Aleksander_Warma, lk 5
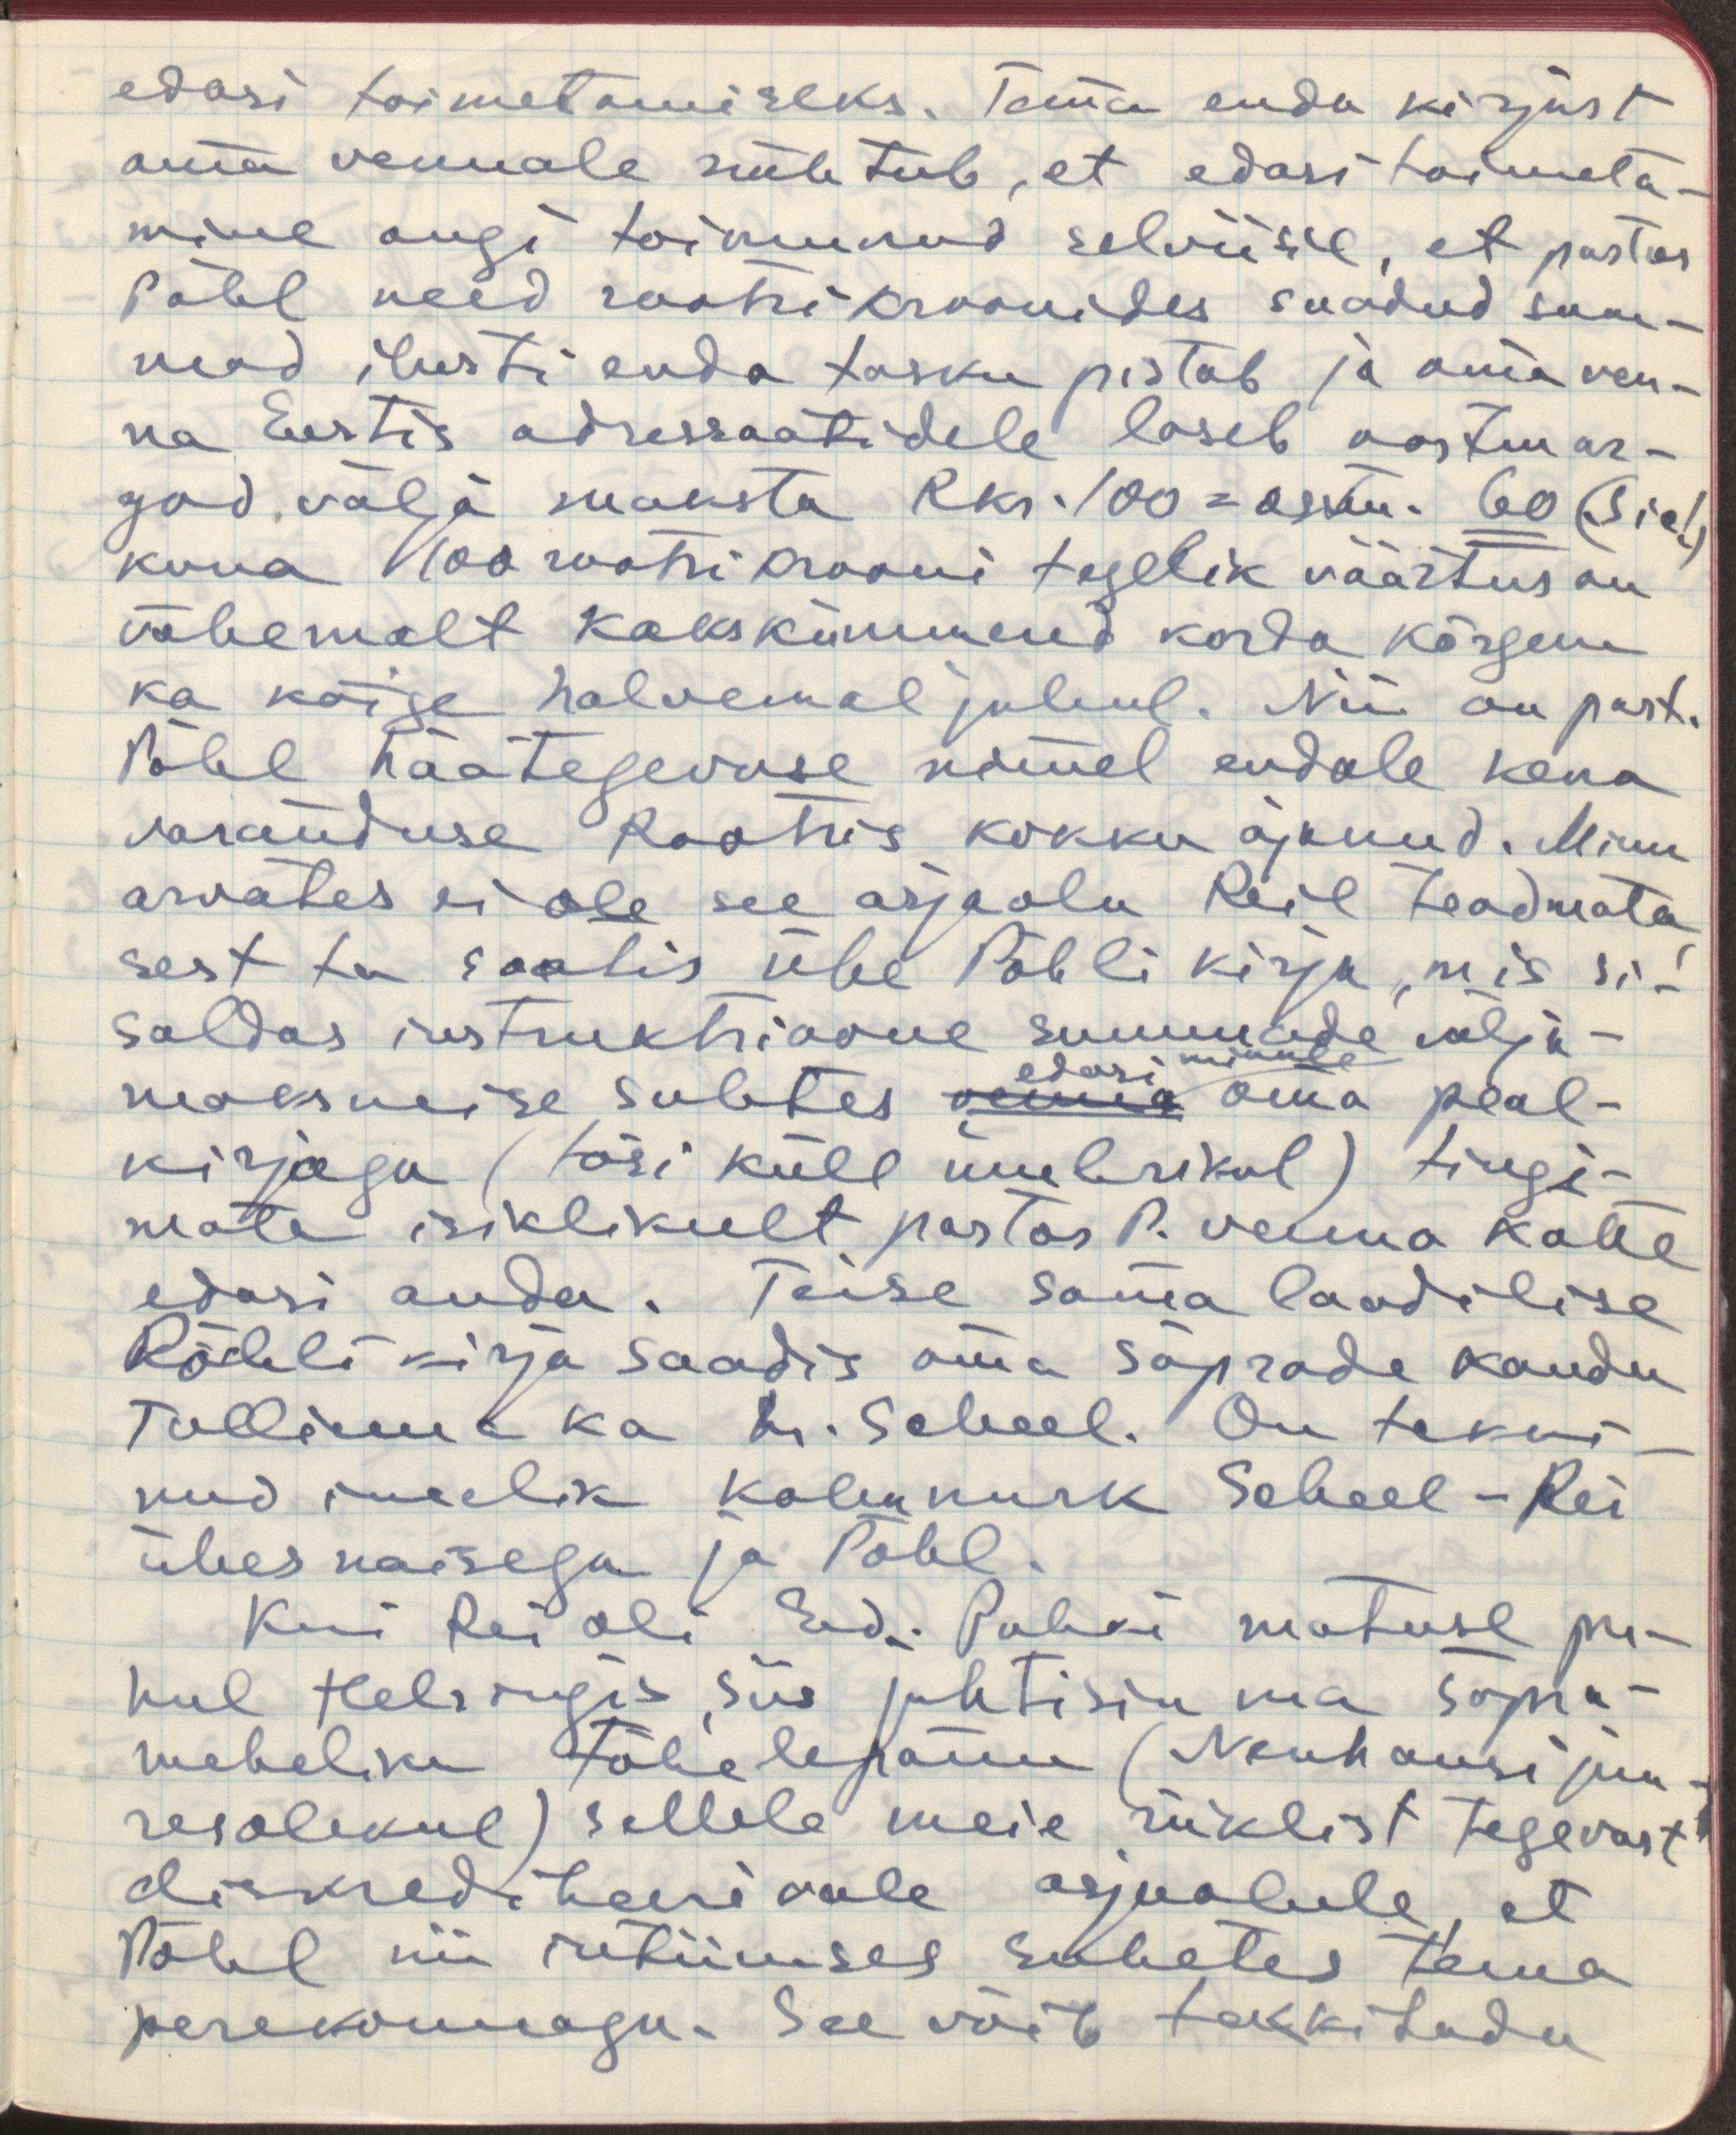
edasi toimetamiseks. Tema enda kirjast
oma vennale nähtub, et edasi toimeta-
mine ongi toimunud selviisil, et pastor
Pöhl need rootsi kroonides saadud sum-
mad ilusti enda tasku pistab ja oma ven- 
na Eestis adressaatidele laseb oostmar-
gad välja maksta Rkr 100 = ostm. 60 (Sic!)
kuna 100 rootsi krooni tegelik väärtus on
vähemalt kakskümmend korda kõrgem
ka kõige halvemal juhul. Nii on past.
Pöhl häätegevuse nimel endale kena
varanduse Rootsis kokku ajanud. Minu
arvates ei ole see asjaolu Reil teadmata,
sest ta saatis ühe Pöhli kirja, mis si-
saldas instruktsioone summade välja-
edasi minule
maksmise suhtes venna oma peal-
kirjaga (tõsi küll ümbrikul) tingi-
mata isiklikult pastor P. venna kätte
edasi anda. Teise sama laadilise
Pöhli kirja saadis oma sõprade kaudu
Tallinna ka hr. Scheel. On tekki-
nud murelik kolmnurk. Scheel-Rei
ühes naisega ja Pöhl.
Kui Rei oli Ed. Puhki matuse pu-
hul Helsingis, siis juhtisin ma sõpra-
meheliku tähelepanu (Neuhausi juu-
resolekul) sellele meie riiklist tegevust
diskrediteerivale asjaolule, et
Pöhl nii rutiinses suhetes tema
perekonnaga. See võib tekkitada